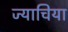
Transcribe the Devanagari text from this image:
ज्याचिया